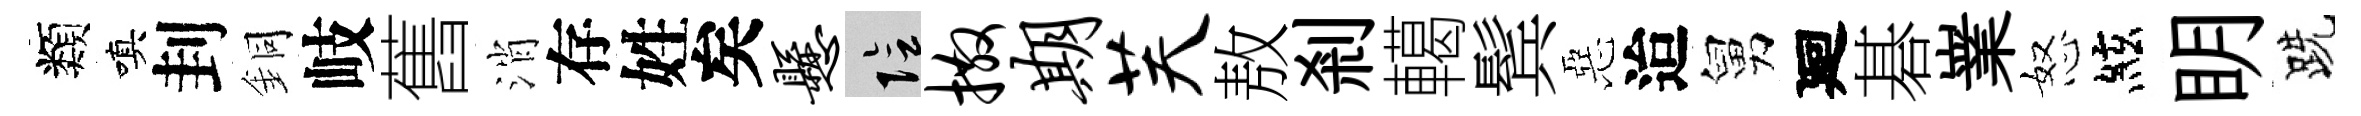
類嗔刲銅岐舊消存姓矣悬隂撒期芙敖剎轕鬂惡迨舅廻碁嶪怒絃眀跣